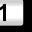
Digit: 1